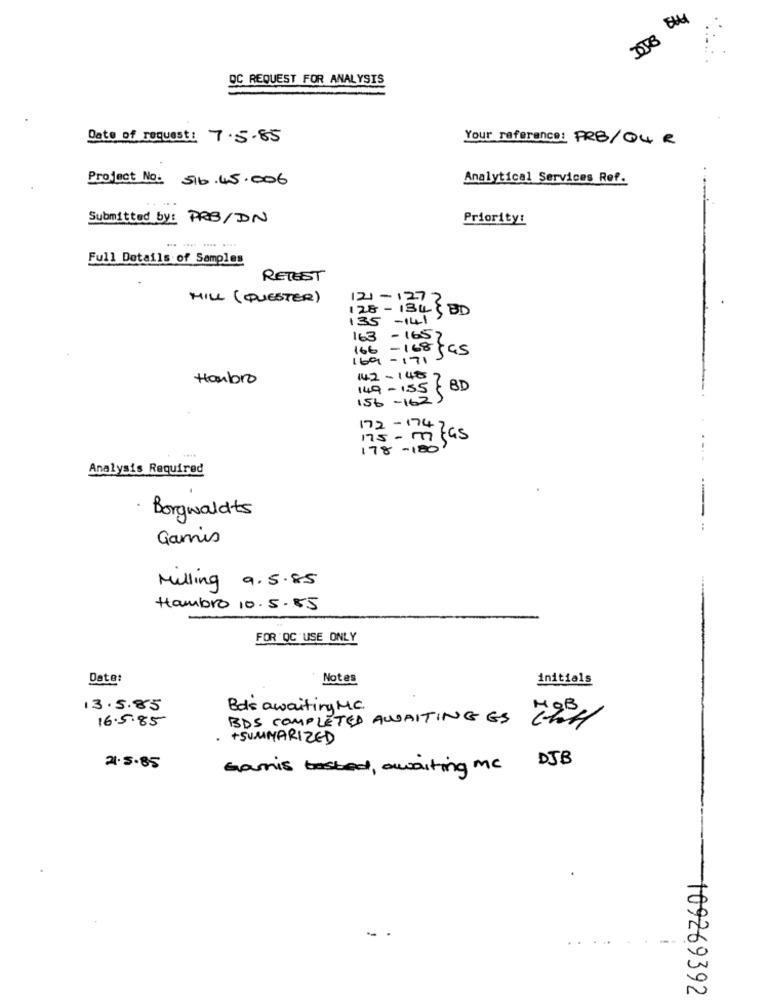
OC REQUEST FOR ANALYSIS
Date of request: 7.5.85
Your reference: FRB/QUR
Project No. 516.45.006
Analytical Services Ref.
Submitted by: PRB/DN
Priority:
----
Full Details of Samples
RETEST
HILL (QUESTER)
128- 134 & BD
135 -141
169 - 171 5 as
Hombro
142- 145
149- 155 BD
13 = mas
178
Analysis Required
Borgwaldts
Gamis
Milling 9.5.85
Hambro 10. 5.85
FOR QC USE ONLY
Date:
Notes
initials
13.5.85
Bas awaiting MC
16.5.85
BDS COMPLETED AWAITING ES 2.90%
. +SUMMARIZED
21.5.85
Gamis tasted, awaiting mc DJB
109269392